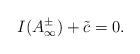
LaTeX: \begin{align*}I(A^{\pm}_{\infty} ) + \tilde{c} = 0 .\end{align*}